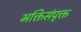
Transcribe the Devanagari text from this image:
भक्तिसंपृक्त